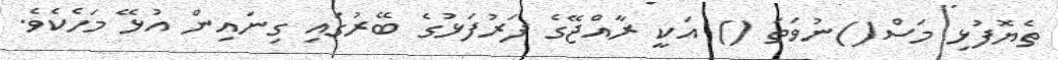
ތެޔޮފުޅި މަސް()ނުވަތަ () އަކީ ރާއްޖޭގެ ފަރުފަޅުގެ ބޭރުގައި ގިނައިން އުޅޭ މަހެކެވެ.